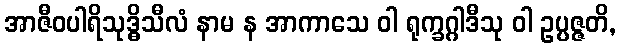
အာဇီဝပါရိသုဒ္ဓိသီလံ နာမ န အာကာသေ ဝါ ရုက္ခဂ္ဂါဒီသု ဝါ ဥပ္ပဇ္ဇတိ,